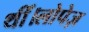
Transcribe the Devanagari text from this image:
थीं।लोपेज़